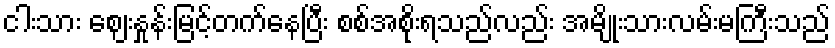
ငါးသား ဈေးနှုန်းမြင့်တက်နေပြီး စစ်အစိုးရသည်လည်း အမျိုးသားလမ်းမကြီးသည်